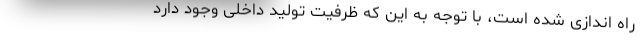
راه اندازی شده است، با توجه به این که ظرفیت تولید داخلی وجود دارد